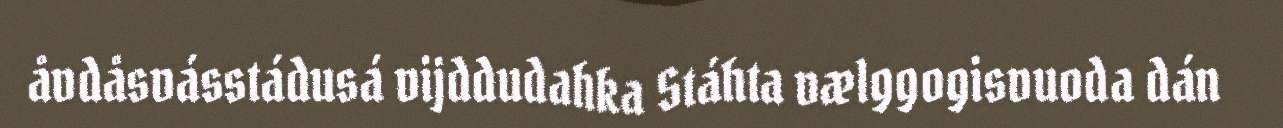
åvdåsvásstádusá vijddudahka Stáhta vælggogisvuoda dán